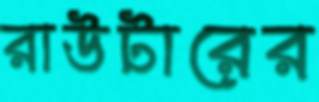
রাউটারের